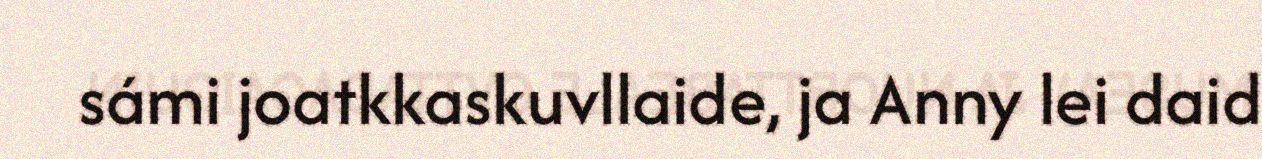
sámi joatkkaskuvllaide, ja Anny lei daid